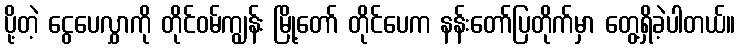
ပို့တဲ့ ငွေပေလွှာကို တိုင်ဝမ်ကျွန်း မြို့တော် တိုင်ပေက နန်းတော်ပြတိုက်မှာ တွေ့ရှိခဲ့ပါတယ်။